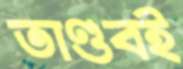
তাণ্ডবই